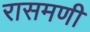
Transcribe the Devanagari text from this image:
रासमणी